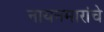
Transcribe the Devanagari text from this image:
नायनमारांचे